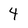
Character: 4